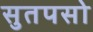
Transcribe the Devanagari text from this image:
सुतपसो